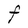
Character: F